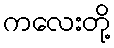
ကလေးတို့